Code of medical and sanitary regulations for the guidance of medical officers serving in the Madras Presidency - Volume II
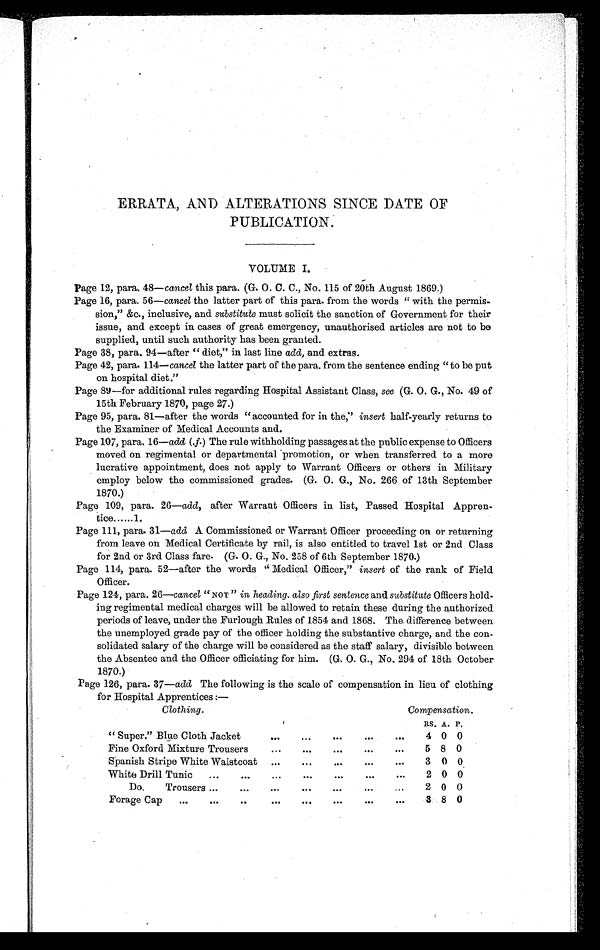
ERRATA, AND ALTERATIONS SINCE DATE OF
PUBLICATTON.
VOLUME I.
Page 12, para.. 48— cancel this para. (G. O. C. C., No. 115 of 20th August 1869.)
Page 16, para. 56—cancel the latter part of this para. from the words "with the permis-
sion," &c., inclusive, and substitute must solicit the sanction of Government for their
issue, and except in cases of great emergency, unauthorised articles are not to be
supplied, until such authority has been granted.
Page 38, para. 94—after "diet," in last line add, and extras.
Page 42, para. 114— cancel the latter part of the para. from the sentence ending "to be put
on hospital diet."
Page 89—for additional rules regarding Hospital Assistant Class, see (G. O. G., No. 49 of
15th February 1870, page 27.)
Page 95, para. 81—after the words "accounted for in the," insert half-yearly returns to
the Examiner of Medical Accounts and.
Page 107, para. 16— add (.f.) The rule withholding passages at the public expense to Officers
moved on regimental or departmental promotion, or when transferred to a more
lucrative appointment, does not apply to Warrant Officers or others in Military
employ below the commissioned grades. (G. O. G., No. 266 of 13th September
1870.)
Page 109, para. 26—add, after Warrant Officers in list, Passed Hospital Appren-
tice ...... 1.
Page 111, para. 31— add A Commissioned or Warrant Officer proceeding on or returning
from leave on Medical Certificate by rail, is also entitled to travel 1st or 2nd Class
for 2nd or 3rd Class fare. (G. O. G., No. 258 of 6th September 1870.)
Page 114, para. 52—after the words "Medical Officer," insert of the rank of Field
Officer.
Page 124, para. 26—cancel "NOT " in heading. also first sentence and substitute Officers hold-
ing regimental medical charges will be allowed to retain these during the authorized
periods of leave, under the Furlough Rules of 1854 and 1868. The difference between.
the unemployed grade pay of the officer holding the substantive charge, and the con-
solidated salary of the charge will be considered as the staff salary, divisible between
the Absentee and the Officer officiating for him. (G. O. G., No. 294 of 18th October
1870.)
Page 126, para. 37— add The following is the scale of compensation in lieu of clothing
for Hospital Apprentices:—
clothing.
Compensation.
RS. A. P.
" Super." Blue Cloth Jacket
. . .
...
...
...
. . .
4 0 0
Fine Oxford Mixture Trousers
...
. . . ...
...
...
5 8 0
Spanish Stripe White Waistcoat ...
. . .
. . .
. . .
...
3 0 0
White Drill Tunic ...
... ...
. . .
. . .
. . .
...
2 0 0
Do.
Trousers ...
...
. . .
. . .
. . .
. . .
...
2 0 0
Forage Cap ...
...
..
. . .
...
. . .
. . .
...
3 8 0